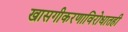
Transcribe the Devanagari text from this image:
खासगीकरणाविरोधातही